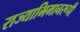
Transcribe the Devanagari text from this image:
राज्याभिमानरूपी